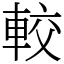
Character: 較